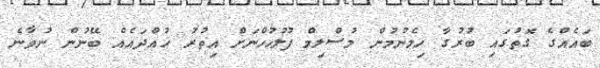
ބައެއްގެ ގޮތުގައި ބުރުގާ ހިމެނުމުން މުސްލިމް ފުލުހުހްނަށް އިތުރު ހުއްދައެއް ބޭނުން ނުވާނެ